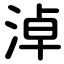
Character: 淖